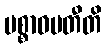
ပစ္စာဝမတီတိ